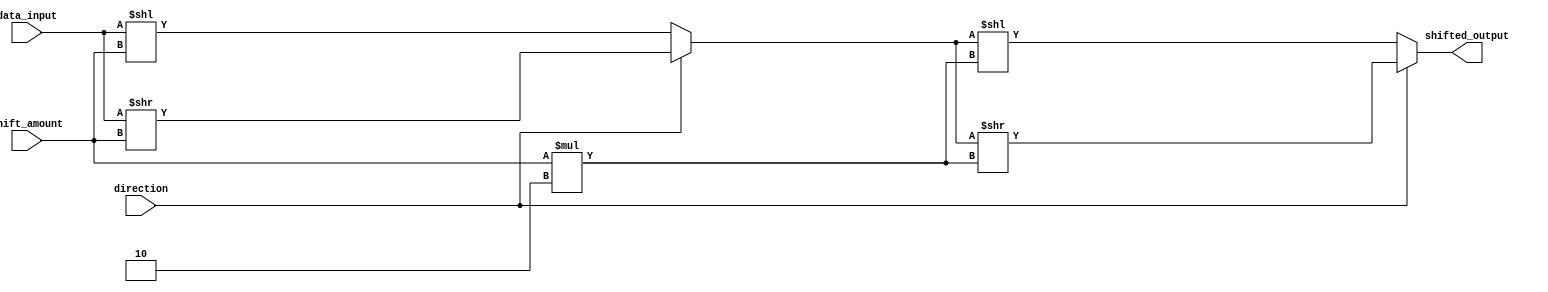
module Barrel_Shifter (
    input [7:0] data_input,
    input[2:0] shift_amount,
    input direction,
    output [7:0] shifted_output
);

wire [7:0] shift_segment1, shift_segment2;

assign shift_segment1 = (direction) ? data_input >> shift_amount : data_input << shift_amount;
assign shift_segment2 = (direction) ? shift_segment1 >> (shift_amount*2) : shift_segment1 << (shift_amount*2);

assign shifted_output = shift_segment2;

endmodule